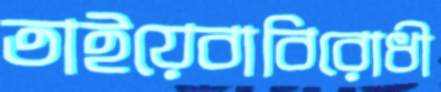
তাইয়েবাবিরোধী